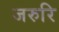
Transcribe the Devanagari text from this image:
जरुरि